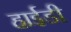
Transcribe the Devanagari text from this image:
हाईडी